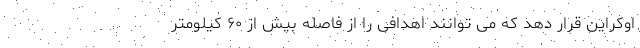
اوکراین قرار دهد که می توانند اهدافی را از فاصله بیش از ۶۰ کیلومتر